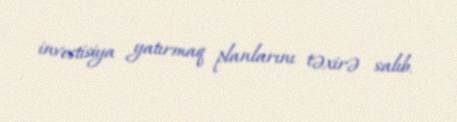
investisiya yatırmaq planlarını təxirə salıb.